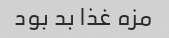
مزه غذا بد بود